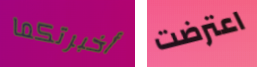
أخبرتكما اعترضت